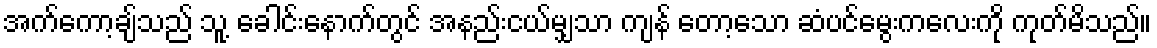
အက်ကော့ချ်သည် သူ့ ခေါင်းနောက်တွင် အနည်းငယ်မျှသာ ကျန် တော့သော ဆံပင်မွေးကလေးကို ကုတ်မိသည်။